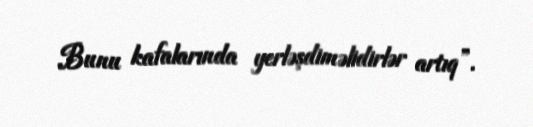
Bunu kafalarında yerləşdiməlidirlər artıq”.